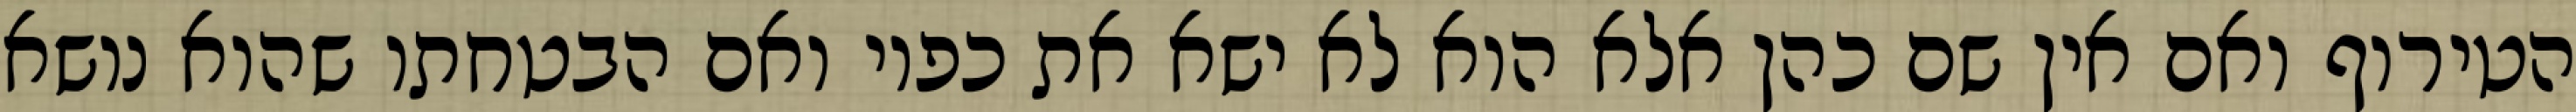
הטירוף ואם אין שם כהן אלא הוא לא ישא את כפיו ואם הבטחתו שהוא נושא